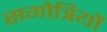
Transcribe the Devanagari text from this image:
सगोत्रियों